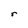
Character: r